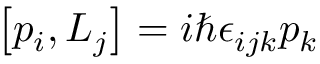
\left[ p _ { i } , L _ { j } \right] = i \hbar \epsilon _ { i j k } p _ { k }